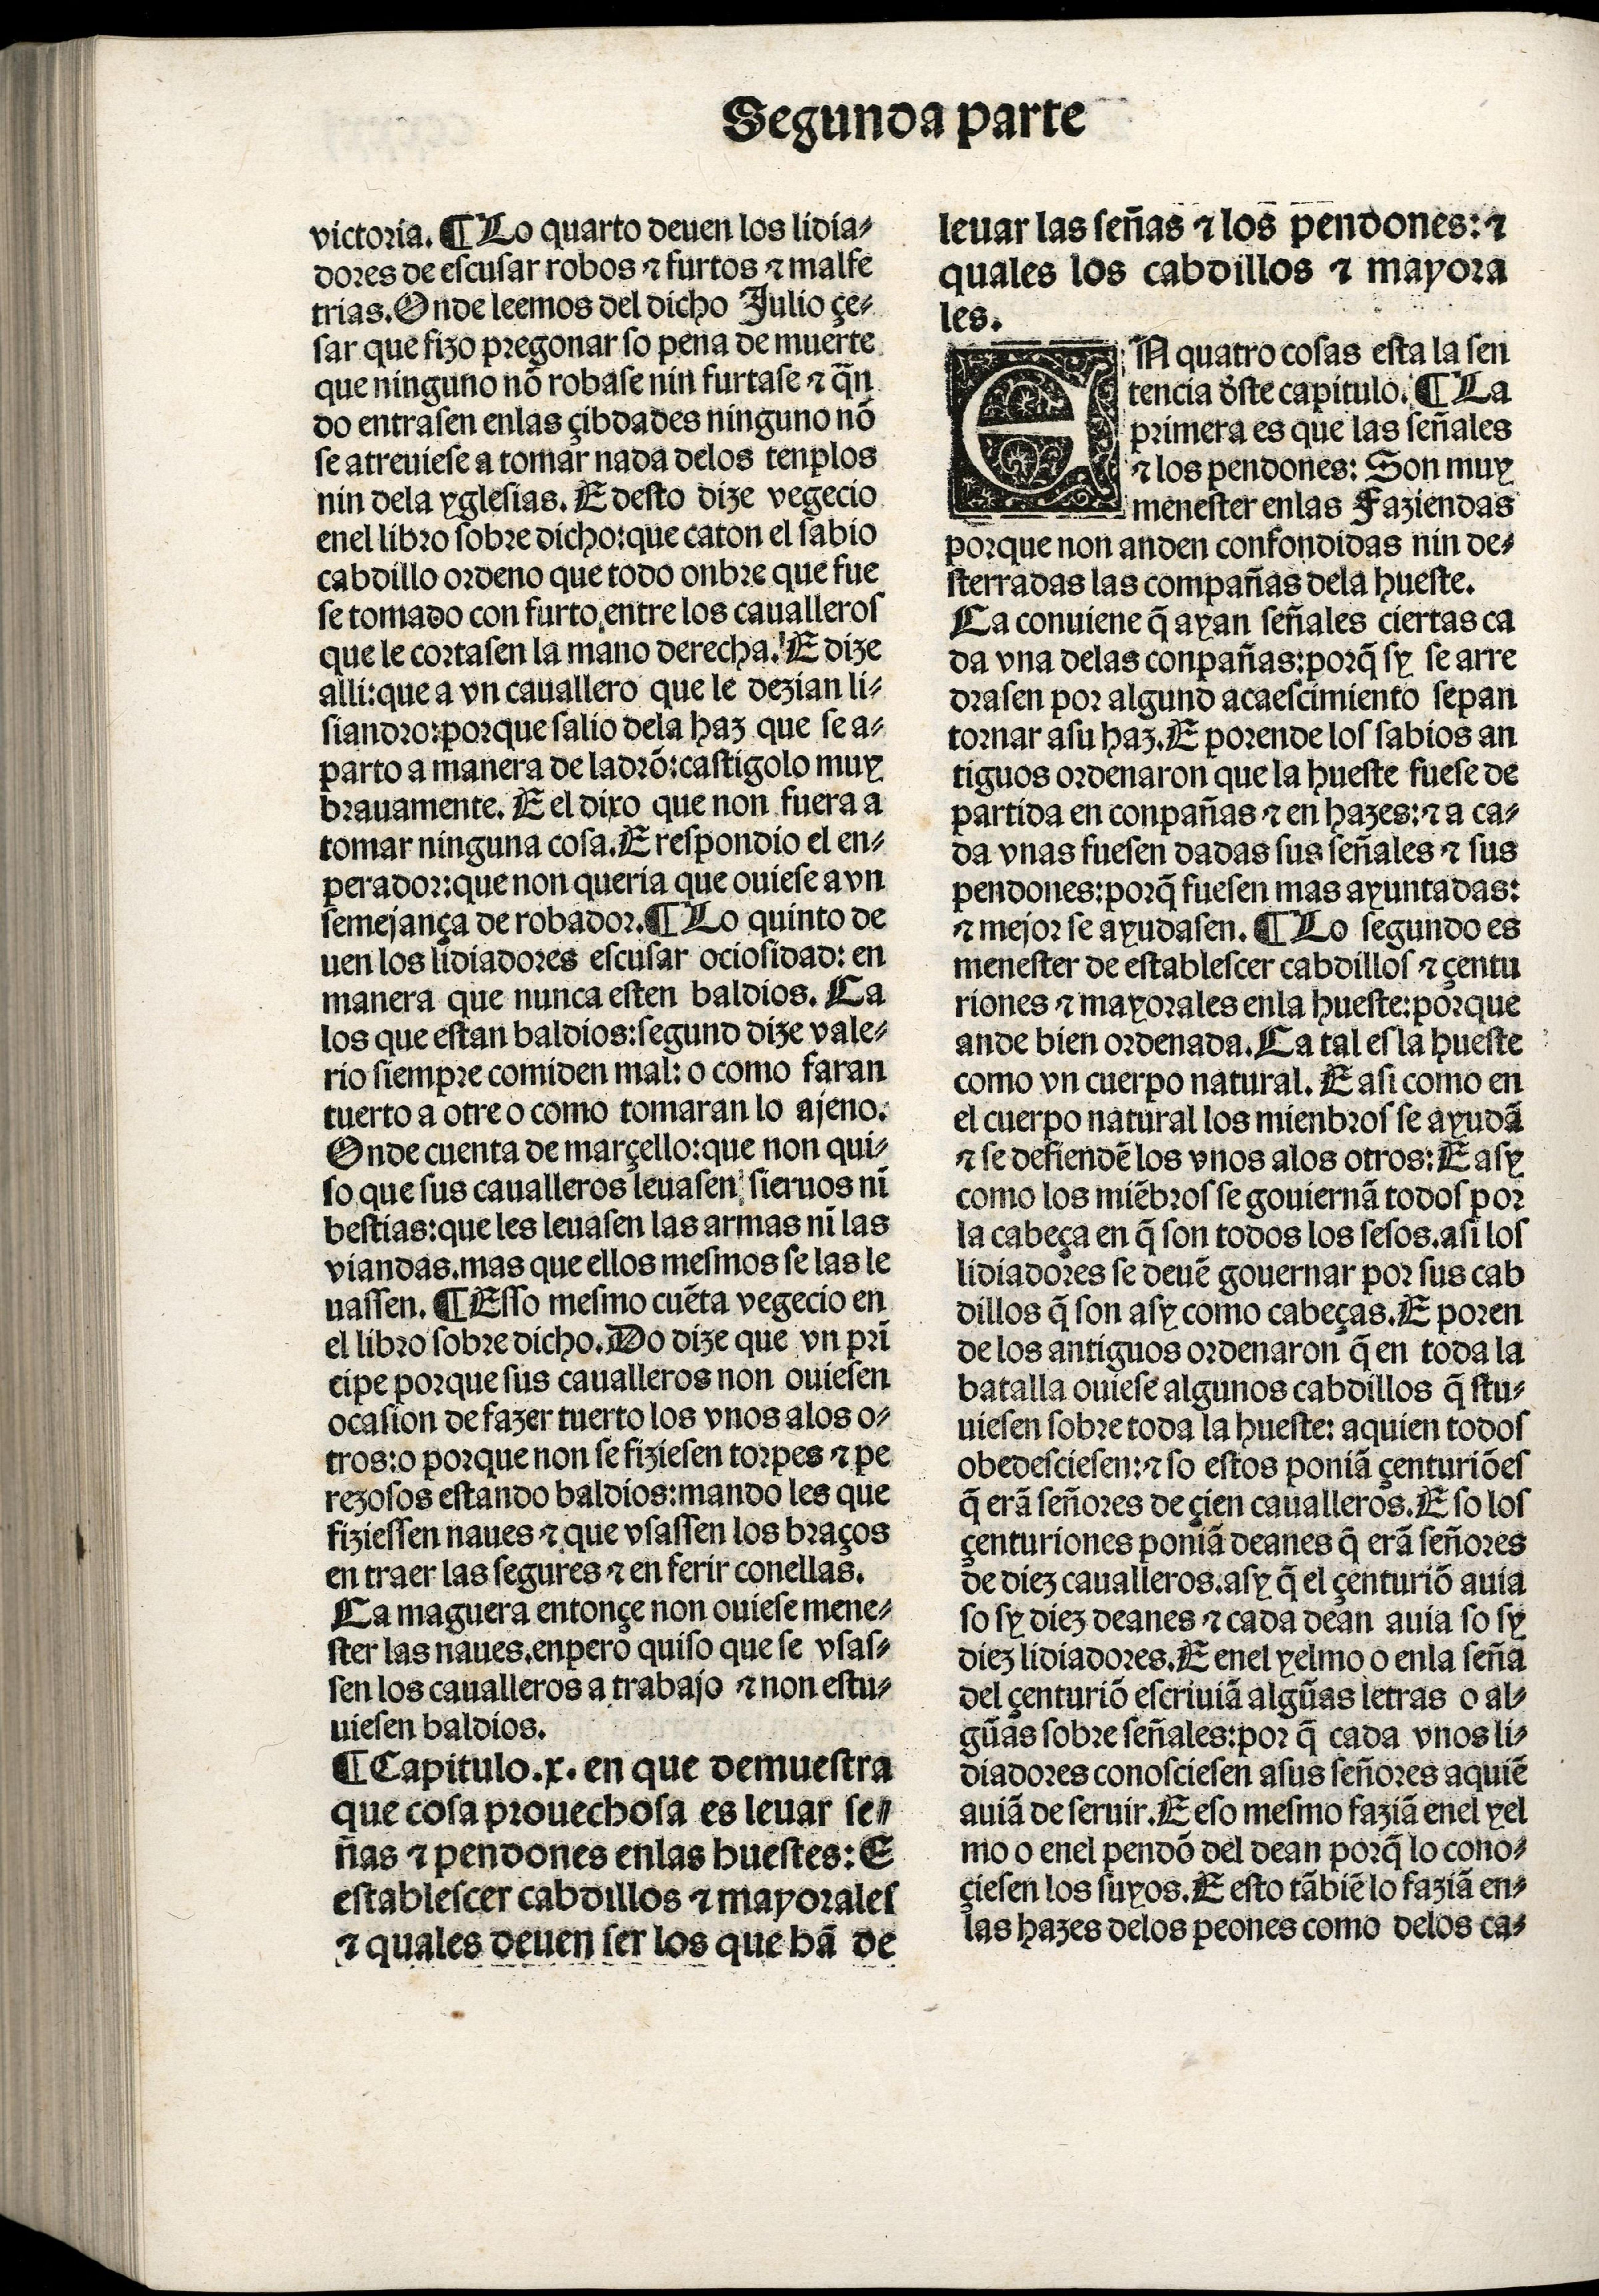
Shelfmark: Madrid, BNE, Inc. 901
Century: 15